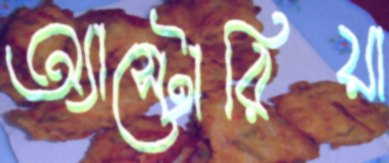
অ্যাস্টোরিয়া